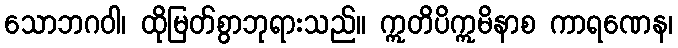
သောဘဂဝါ၊ ထိုမြတ်စွာဘုရားသည်။ ဣတိပိဣမိနာစ ကာရဏေန၊